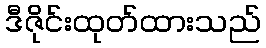
ဒီဇိုင်းထုတ်ထားသည်